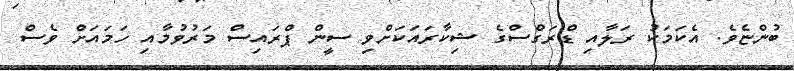
ބުންޏެވެ. އެކަމަކު ރަލާއި ޑްރަގްސްގެ ޝިކާރައަކަށްވި ސީން ޕްރައިސް މަރުވުމާއި ހަމައަށް ވެސް